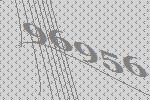
96956